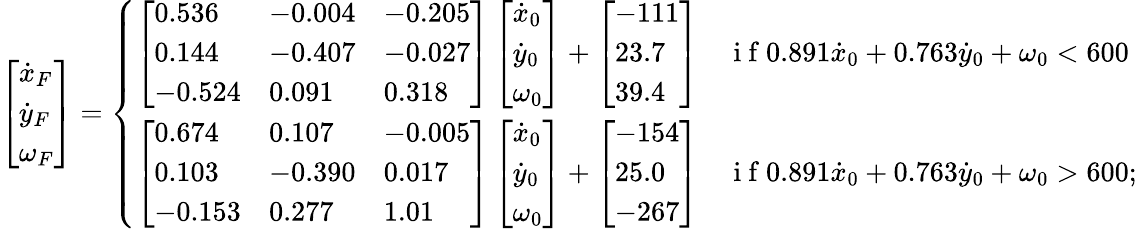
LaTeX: \left[\begin{array}{l}{\dot{x}_{F}}\\ {\dot{y}_{F}}\\ {\omega_{F}}\end{array}\right]=\left\{ \begin{array}{ll}{\left[\begin{array}{lll}{0.536}&{-0.004}&{-0.205}\\ {0.144}&{-0.407}&{-0.027}\\ {-0.524}&{0.091}&{0.318}\end{array}\right]\left[\begin{array}{l}{\dot{x}_{0}}\\ {\dot{y}_{0}}\\ {\omega_{0}}\end{array}\right]+\left[\begin{array}{l}{-111}\\ {23.7}\\ {39.4}\end{array}\right]}&{\mathrm{~i~f~}0.891\dot{x}_{0}+0.763\dot{y}_{0}+\omega_{0}<600}\\ {\left[\begin{array}{lll}{0.674}&{0.107}&{-0.005}\\ {0.103}&{-0.390}&{0.017}\\ {-0.153}&{0.277}&{1.01}\end{array}\right]\left[\begin{array}{l}{\dot{x}_{0}}\\ {\dot{y}_{0}}\\ {\omega_{0}}\end{array}\right]+\left[\begin{array}{l}{-154}\\ {25.0}\\ {-267}\end{array}\right]}&{\mathrm{~i~f~}0.891\dot{x}_{0}+0.763\dot{y}_{0}+\omega_{0}>600;}\end{array}\right.